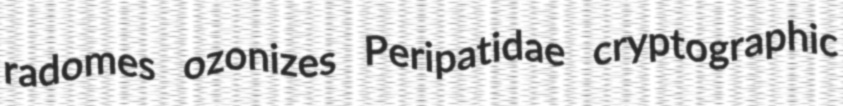
radomes ozonizes Peripatidae cryptographic